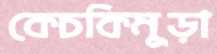
কেচকিমুড়া